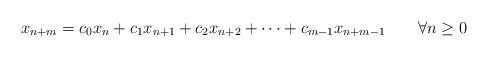
LaTeX: \begin{align*}x_{n+m}=c_0x_n+c_1x_{n+1}+c_2x_{n+2}+\cdots+c_{m-1}x_{n+m-1}\qquad\forall n\geq 0\end{align*}